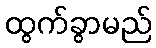
ထွက်ခွာမည်